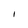
Character: I